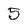
Character: 5